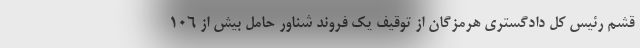
قشم رئیس کل دادگستری هرمزگان از توقیف یک فروند شناور حامل بیش از ۱۰۶